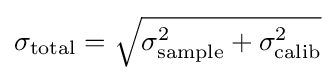
\sigma _{\text{total}}={\sqrt {\sigma _{\text{sample}}^{2}+\sigma _{\text{calib}}^{2}}}